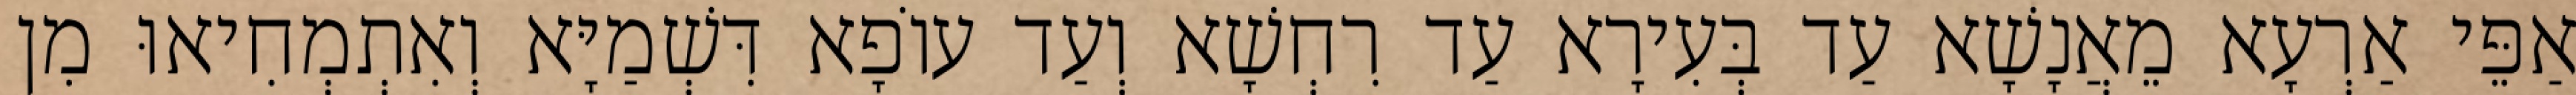
אַפֵּי אַרְעָא מֵאֲנָשָׁא עַד בְּעִירָא עַד רִחְשָׁא וְעַד עוֹפָא דִּשְׁמַיָּא וְאִתְמְחִיאוּ מִן